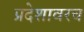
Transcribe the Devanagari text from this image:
प्रदेशावरच